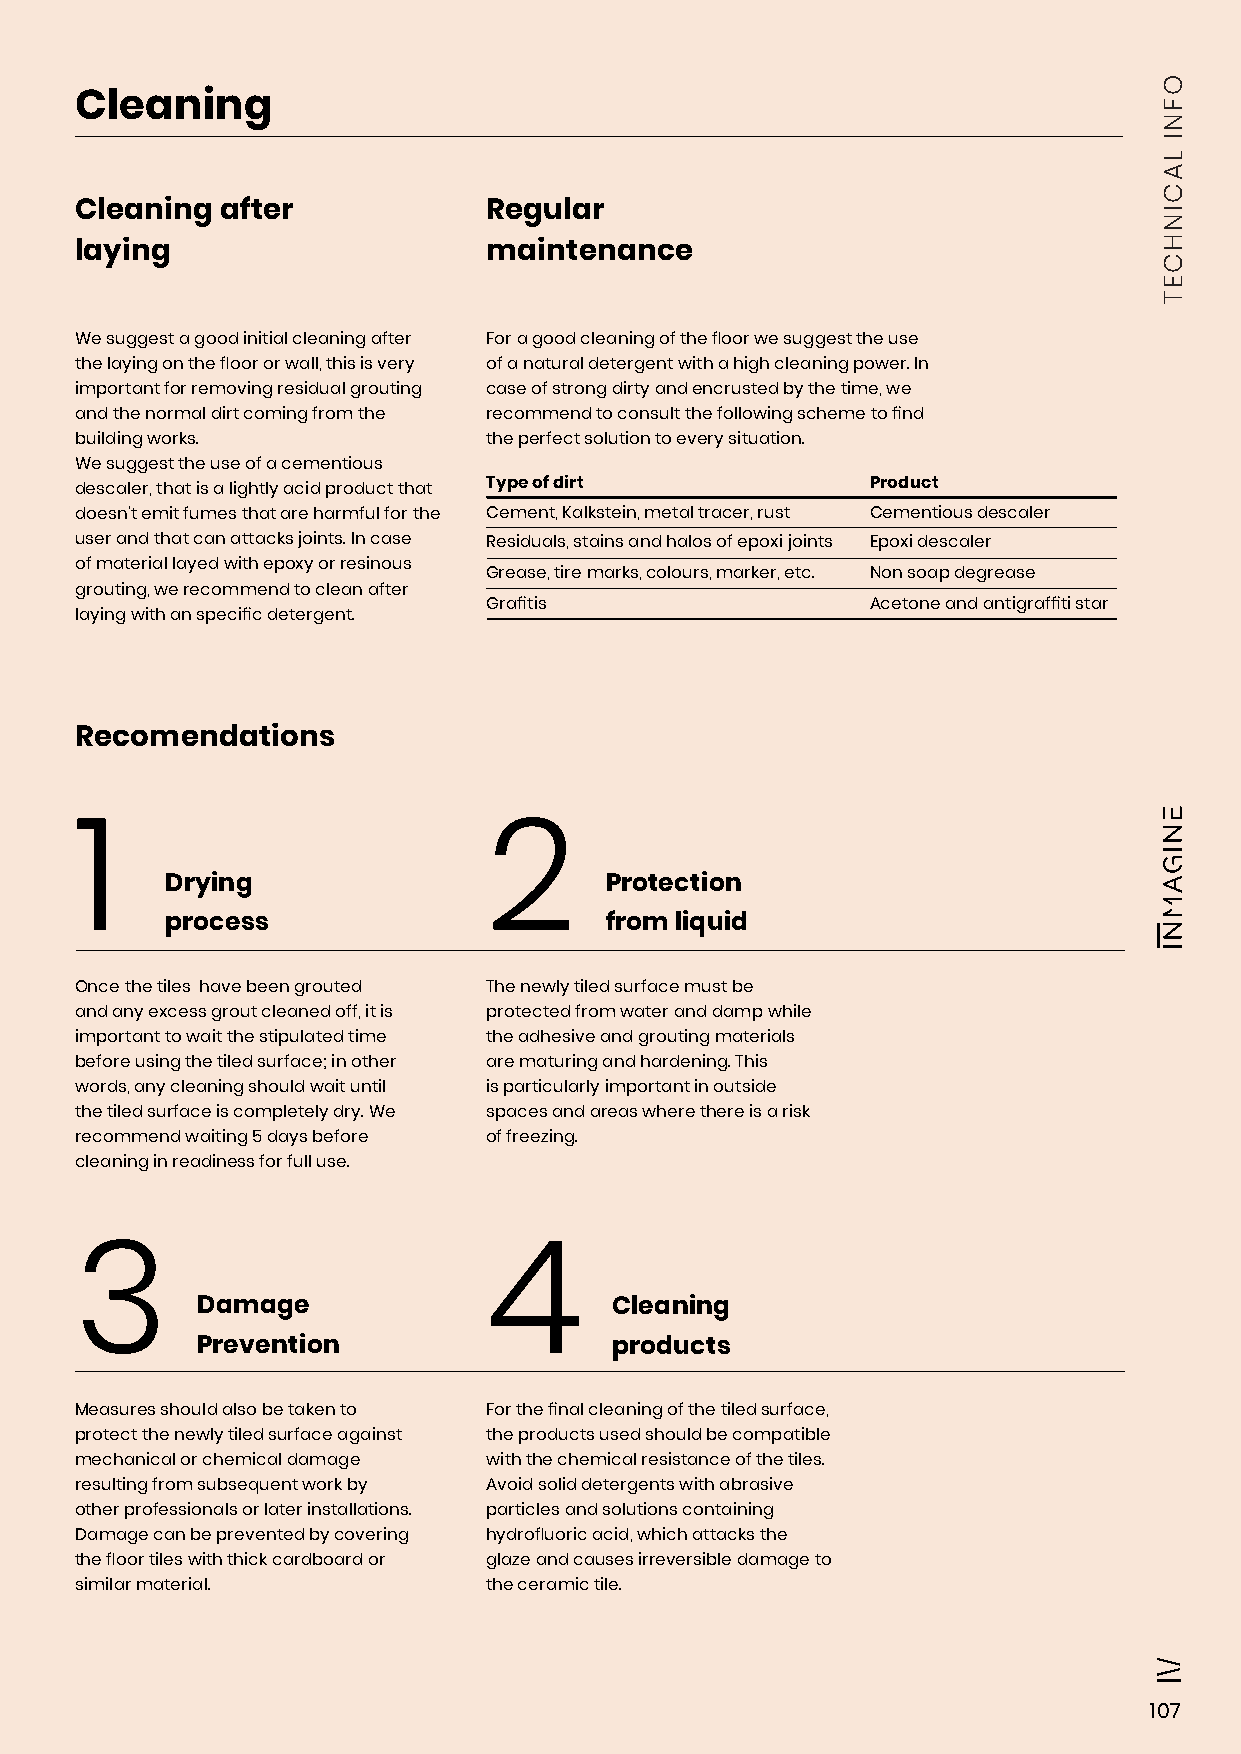
Cleaning
 Cleaning  after            Regular
 laying                     maintenance
 We suggest a good initial cleaning after For a good cleaning of the floor we suggest the use
 the laying on the floor or wall, this is very of a natural detergent with a high cleaning power. In
 important for removing residual grouting case of strong dirty and encrusted by the time, we
 and the normal dirt coming from the recommend to consult the following scheme to find
 building works.            the perfect solution to every situation.
 We suggest the use of a cementious
 descaler, that is a lightly acid product that Type of dirt Product
 doesn’t emit fumes that are harmful for the Cement, Kalkstein, metal tracer, rust Cementious descaler
 user and that can attacks joints. In case Residuals, stains and halos of epoxi joints Epoxi descaler
 of material layed with epoxy or resinous
 Grease, tire marks, colours, marker, etc. Non soap degrease
 grouting, we recommend to clean after
 Grafitis                  Acetone and antigraffiti star
 laying with an specific detergent.
 Recomendations
 1                          2
 Drying                       Protection
 process                      from liquid
 Once the tiles have been grouted The newly tiled surface must be
 and any excess grout cleaned off, it is protected from water and damp while
 important to wait the stipulated time the adhesive and grouting materials
 before using the tiled surface; in other are maturing and hardening. This
 words, any cleaning should wait until is particularly important in outside
 the tiled surface is completely dry. We spaces and areas where there is a risk
 recommend waiting 5 days before of freezing.
 cleaning in readiness for full use.
 3                          4
 Damage                     Cleaning
 Prevention                 products
 Measures should also be taken to For the final cleaning of the tiled surface,
 protect the newly tiled surface against the products used should be compatible
 mechanical or chemical damage with the chemical resistance of the tiles.
 resulting from subsequent work by Avoid solid detergents with abrasive
 other professionals or later installations. particles and solutions containing
 Damage can be prevented by covering hydrofluoric acid, which attacks the
 the floor tiles with thick cardboard or glaze and causes irreversible damage to
 similar material.          the ceramic tile.
 107
 OFNI
 LACINHCET